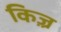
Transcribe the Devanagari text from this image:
किज़्र